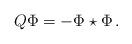
LaTeX: \begin{align*}Q \Phi = -\Phi \star \Phi\,.\end{align*}